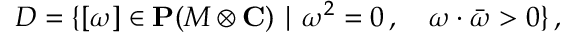
{ \cal D } = \{ [ \omega ] \in { \bf P } ( M \otimes { \bf C } ) \mid \omega ^ { 2 } = 0 \, , \quad \omega \cdot \bar { \omega } > 0 \} \, ,